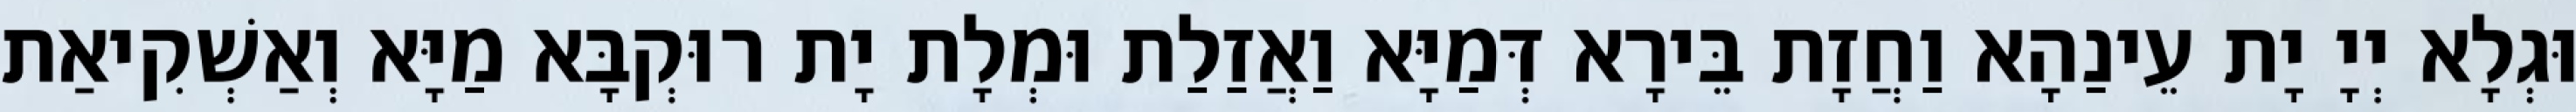
וּגְלָא יְיָ יָת עֵינַהָא וַחֲזָת בֵּירָא דְּמַיָּא וַאֲזַלַת וּמְלָת יָת רוּקְבָּא מַיָּא וְאַשְׁקִיאַת